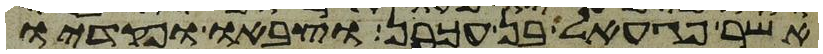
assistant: אשר פגעאל בן עכרן וצבאו ופקדיו